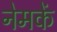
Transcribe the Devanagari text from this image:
नेमकें